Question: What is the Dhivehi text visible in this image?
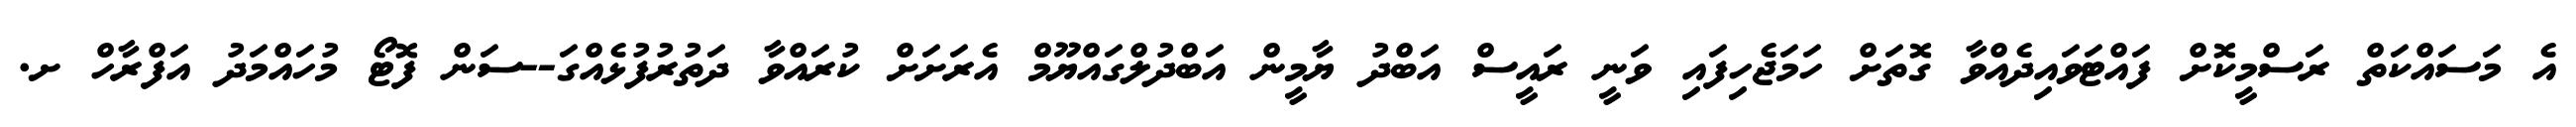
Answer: އެ މަސައްކަތް ރަސްމީކޮށް ފައްޓަވައިދެއްވާ ގޮތަށް ހަމަޖެހިފައި ވަނީ ރައީސް އަބްދު ޔާމީން އަބްދުލްގައްޔޫމް އެރަށަށް ކުރައްވާ ދަތުރުފުޅެއްގަ--ސަން ފޮޓޯ މުހައްމަދު އަފްރާހް ށ.